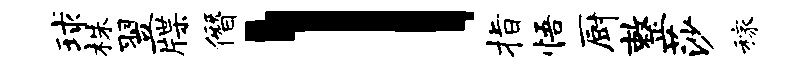
球株翌牒僭l指悟厨整莎稼